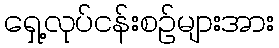
ရှေ့လုပ်ငန်းစဉ်များအား